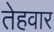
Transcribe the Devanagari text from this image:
तेहवार